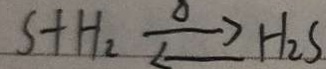
S + H _ { 2 } \rightleftharpoons \Delta H _ { 2 } S